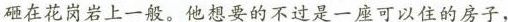
砸在花岗岩上一般。他想要的不过是一座可以住的房子，